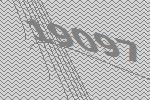
19097